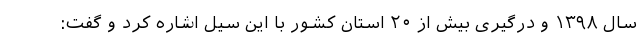
سال ۱۳۹۸ و درگیری بیش از ۲۰ استان کشور با این سیل اشاره کرد و گفت: